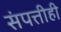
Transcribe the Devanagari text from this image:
संपत्तीही